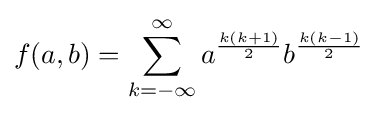
f(a,b)=\sum _{k=-\infty }^{\infty }a^{\frac {k(k+1)}{2}}b^{\frac {k(k-1)}{2}}